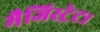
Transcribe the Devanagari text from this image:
मैजिस्ट्रेट।